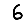
Digit: 6